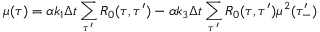
\mu ( \tau ) = \alpha k _ { 1 } \Delta t \sum _ { \tau ^ { \prime } } R _ { 0 } ( \tau , \tau ^ { \prime } ) - \alpha k _ { 3 } \Delta t \sum _ { \tau ^ { \prime } } R _ { 0 } ( \tau , \tau ^ { \prime } ) \mu ^ { 2 } ( \tau _ { - } ^ { \prime } )